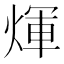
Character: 煇